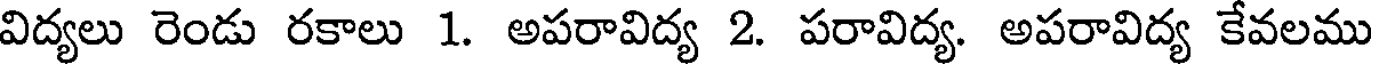
విద్యలు రెండు రకాలు 1. అపరావిద్య 2. పరావిద్య. అపరావిద్య కేవలము